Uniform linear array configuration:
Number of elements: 24
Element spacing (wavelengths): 0.25
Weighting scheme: hamming
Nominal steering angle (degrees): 15
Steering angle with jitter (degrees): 14.444
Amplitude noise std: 0.05
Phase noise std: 0.05

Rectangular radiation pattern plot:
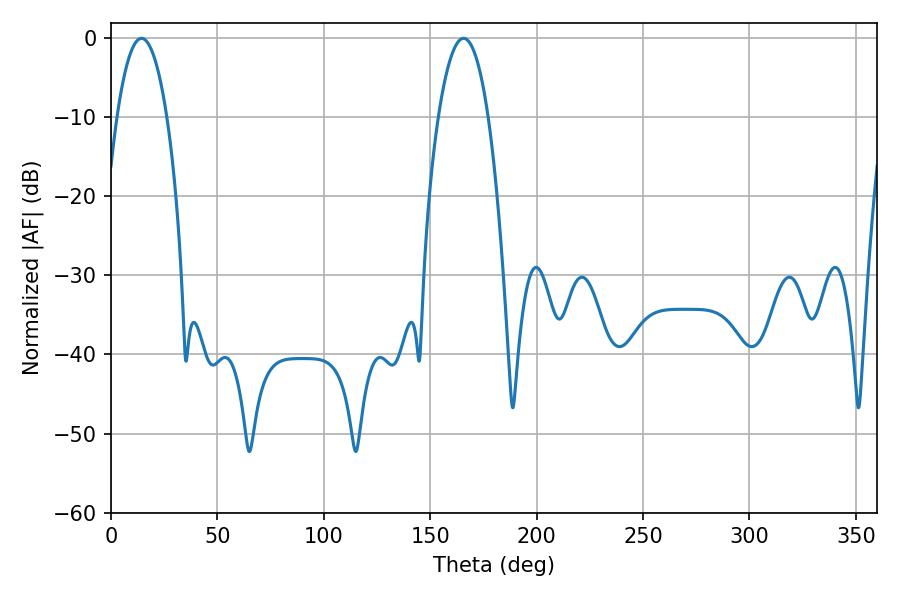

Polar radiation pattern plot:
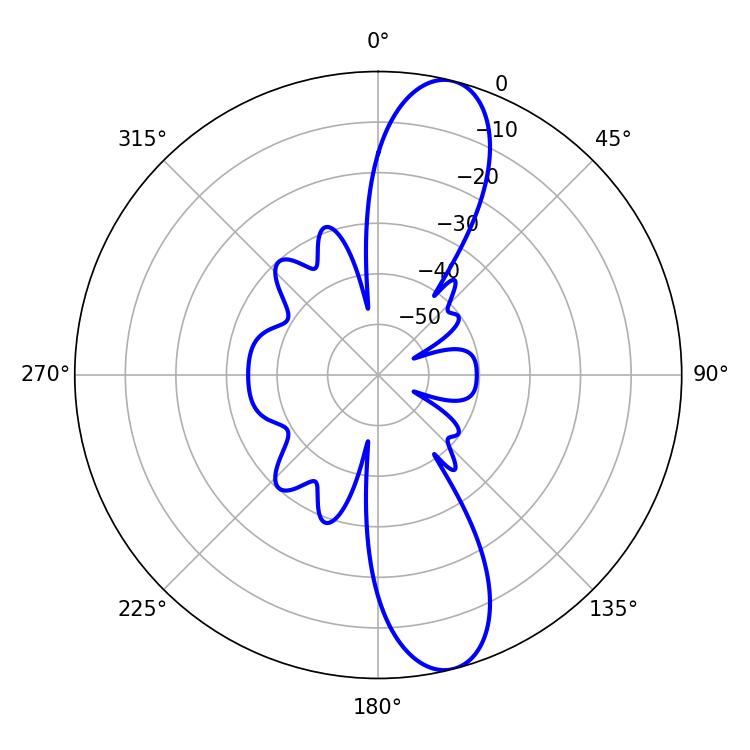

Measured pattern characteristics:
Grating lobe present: FALSE
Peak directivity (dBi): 12.239
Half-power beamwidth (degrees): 12.96
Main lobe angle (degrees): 14.4